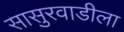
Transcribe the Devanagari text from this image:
सासुरवाडीला